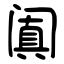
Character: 阗